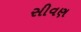
સીવણ